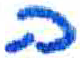
אות: ה